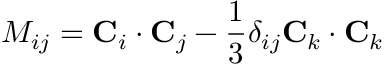
M _ { i j } = { \bf C } _ { i } \cdot { \bf C } _ { j } - { \frac { 1 } { 3 } } \delta _ { i j } { \bf C } _ { k } \cdot { \bf C } _ { k }